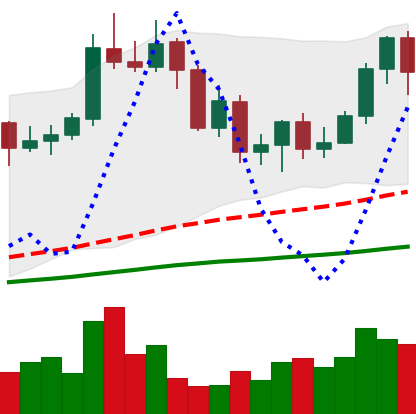
Ticker: NEO-USD
Chart end date: 2020-09-13
Forward return: 24.63%
Label: up_7plus